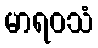
မာရဝသံ